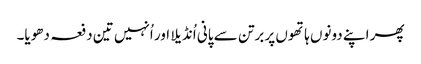
پھر اپنے دونوں ہاتھوں پر برتن سے پانی اُنڈیلا اور اُنہیں تین دفعہ دھویا۔